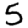
Digit: 5